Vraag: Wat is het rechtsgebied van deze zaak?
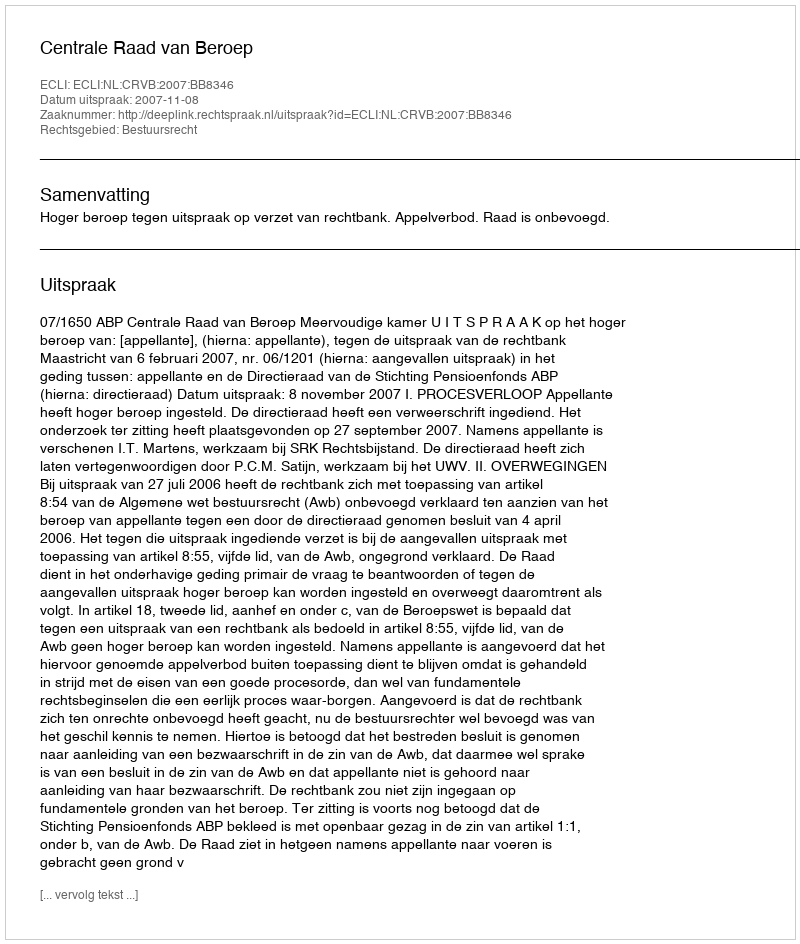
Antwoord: Bestuursrecht